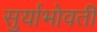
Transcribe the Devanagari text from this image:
सुर्याभोवतीं